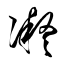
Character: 凝